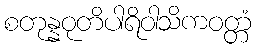
စတုန္နဝုတိပါရိဝါသိကဝတ္တံ